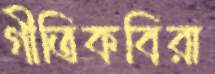
গীতিকবিরা